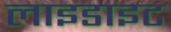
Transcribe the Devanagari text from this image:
लाइडाइट